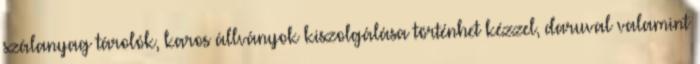
szálanyag tárolók, karos állványok kiszolgálása történhet kézzel, daruval valamint